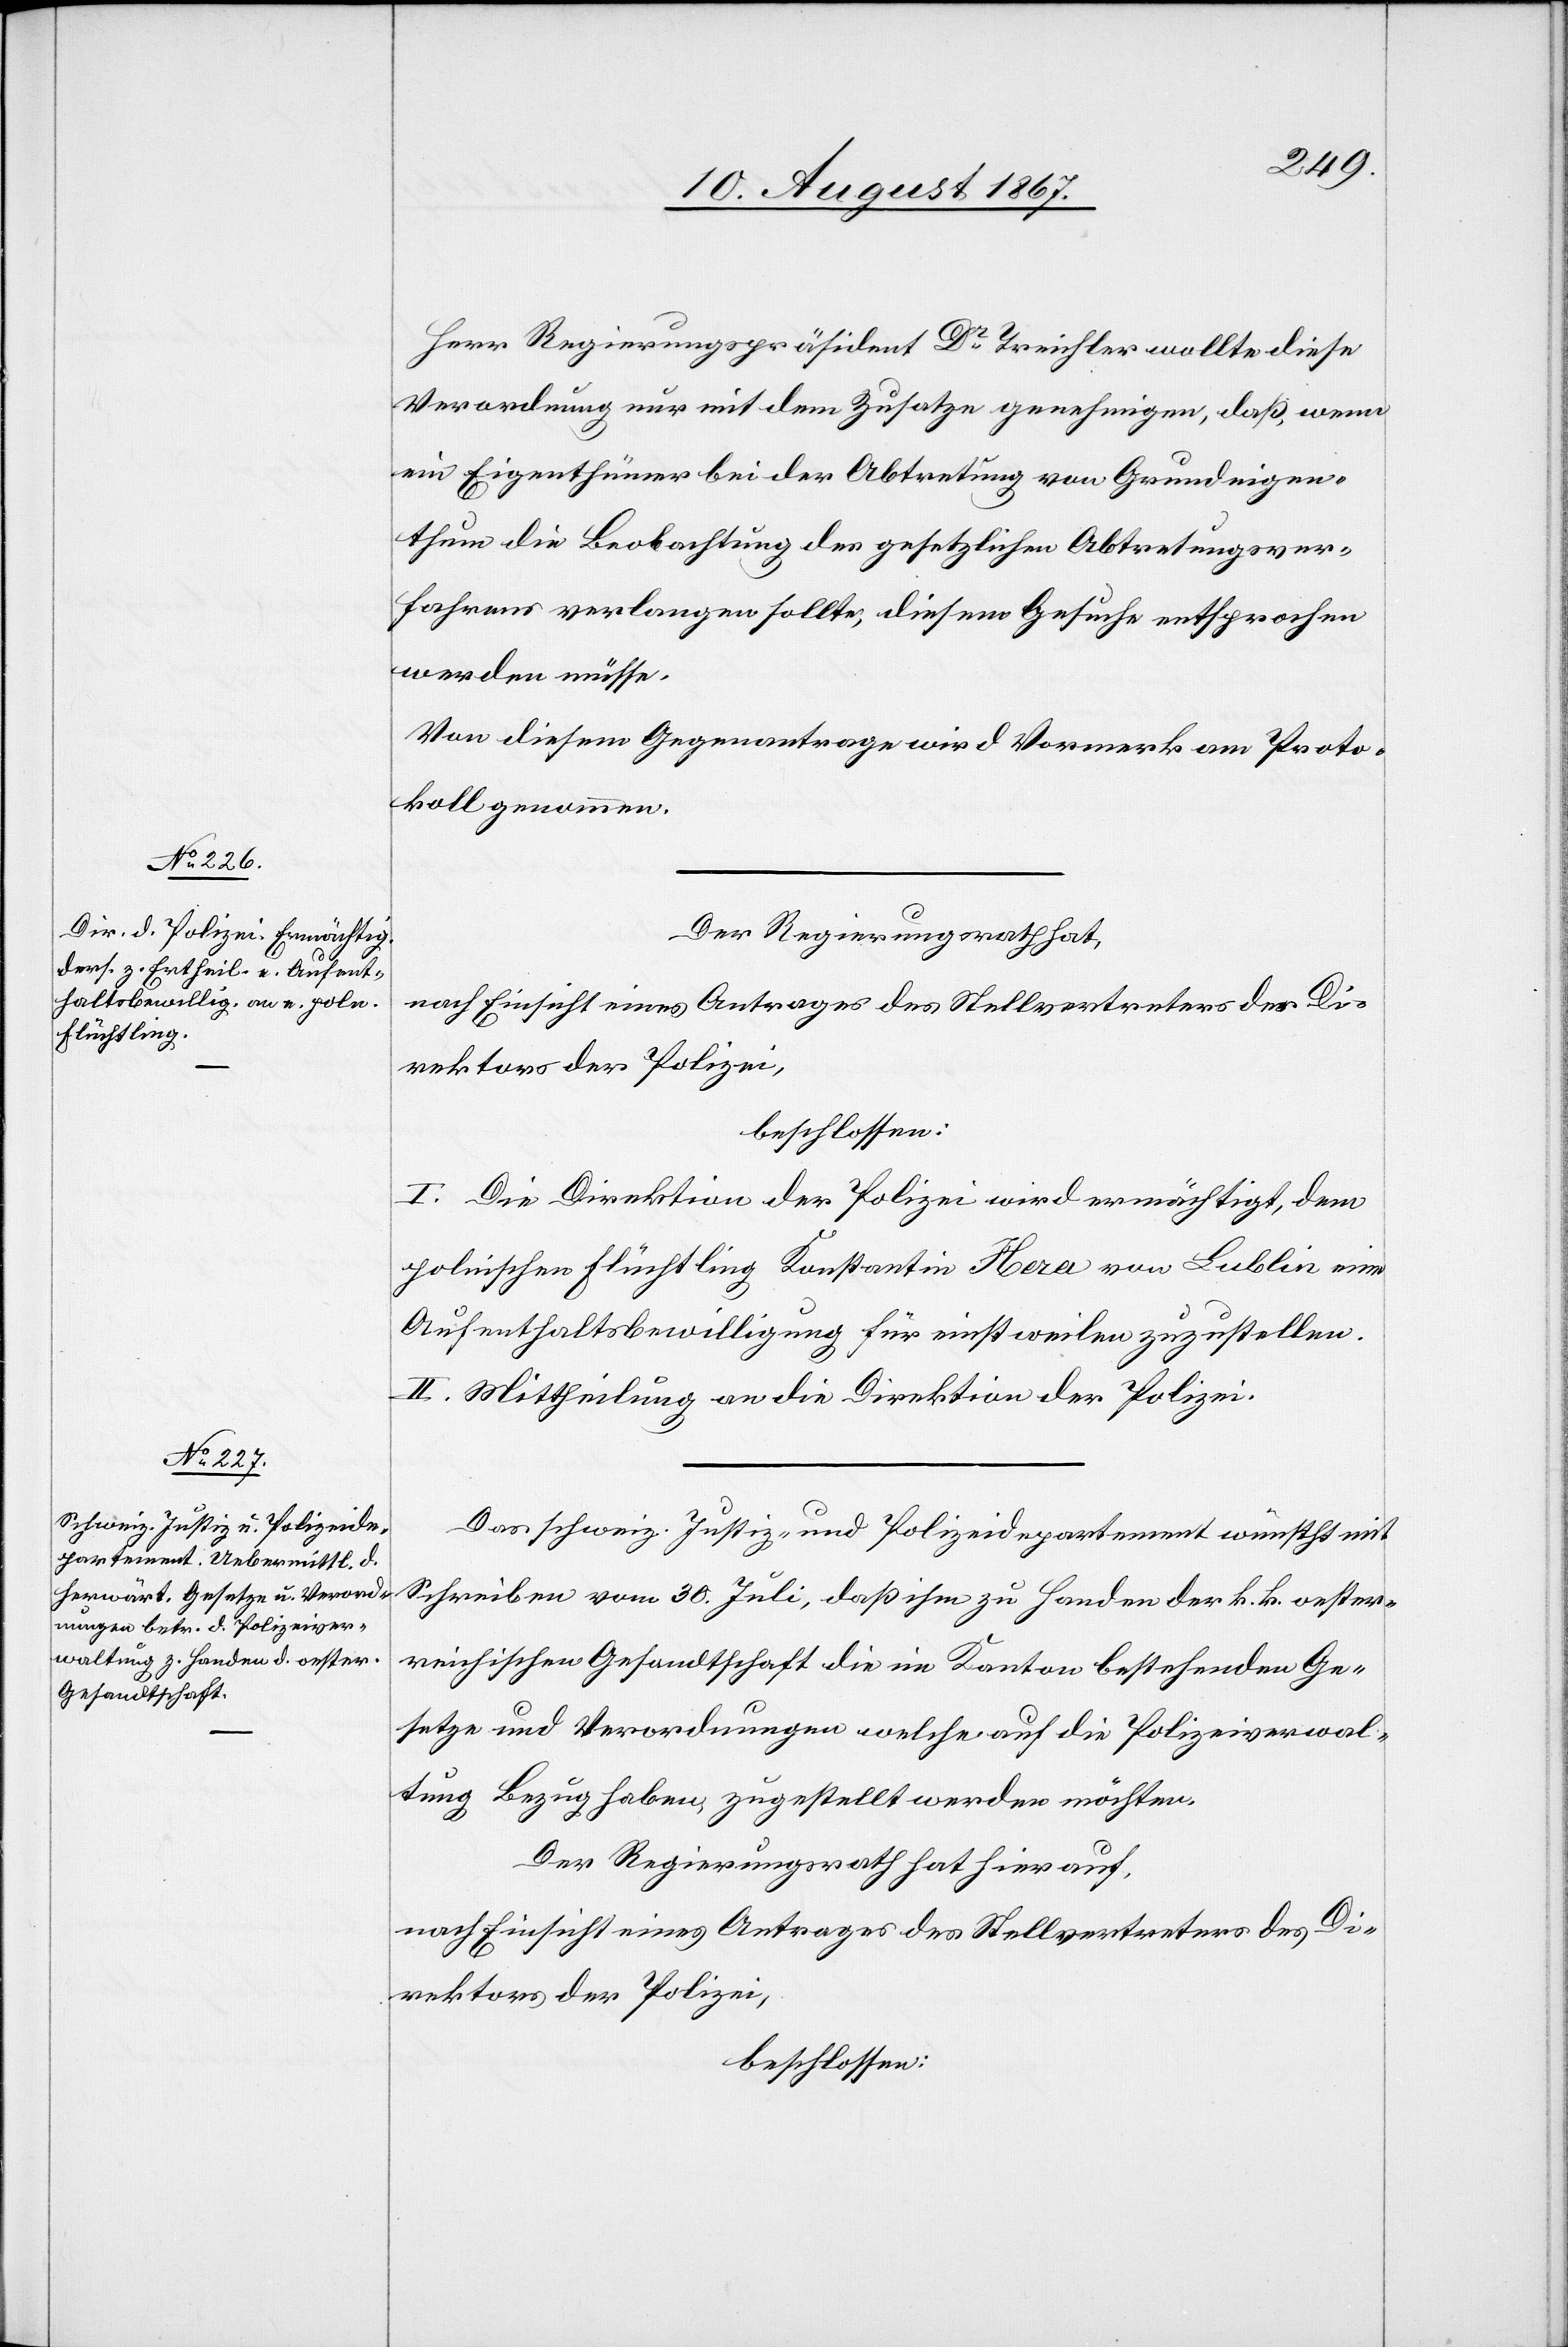
Herr Regierungspräsident Dr. Treichler wollte diese
Verordnung nur mit dem Zusatze genehmigen, daß, wenn
ein Eigenthümer bei der Abtretung von Grundeigen¬
thum die Beobachtung des gesetzlichen Abtretungsver¬
fahrens verlangen sollte, diesem Gesuche entsprochen
werden müsse.
Von diesem Gegenantrag wird Vormerk am Proto¬
koll genommen.
Der Regierungsrath hat,
nach Einsicht eines Antrages des Stellvertreters des Di¬
rektors der Polizei,
beschlossen:
I. Die Direktion der Polizei wird ermächtigt, dem
polnischen Flüchtling Konstantin Hera von Lublin eine
Aufenthaltsbewilligung für einstweilen zuzustellen.
II. Mittheilung an die Direktion der Polizei.
Das schweiz. Justiz- und Polizeidepartement wünscht mit
Schreiben vom 30. Juli, daß ihm zu Handen der k. k. oester¬
reichischen Gesandtschaft die im Kanton bestehenden Ge¬
setze und Verordnungen welche auf die Polizeiverwal¬
tung Bezug haben, zugestellt werden möchten.
Der Regierungsrath hat hierauf,
nach Einsicht eines Antrages des Stellvertreters des Di¬
rektors der Polizei,
beschlossen: